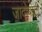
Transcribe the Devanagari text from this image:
जादोबाटी